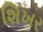
શિખર